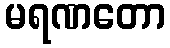
မရဏတော